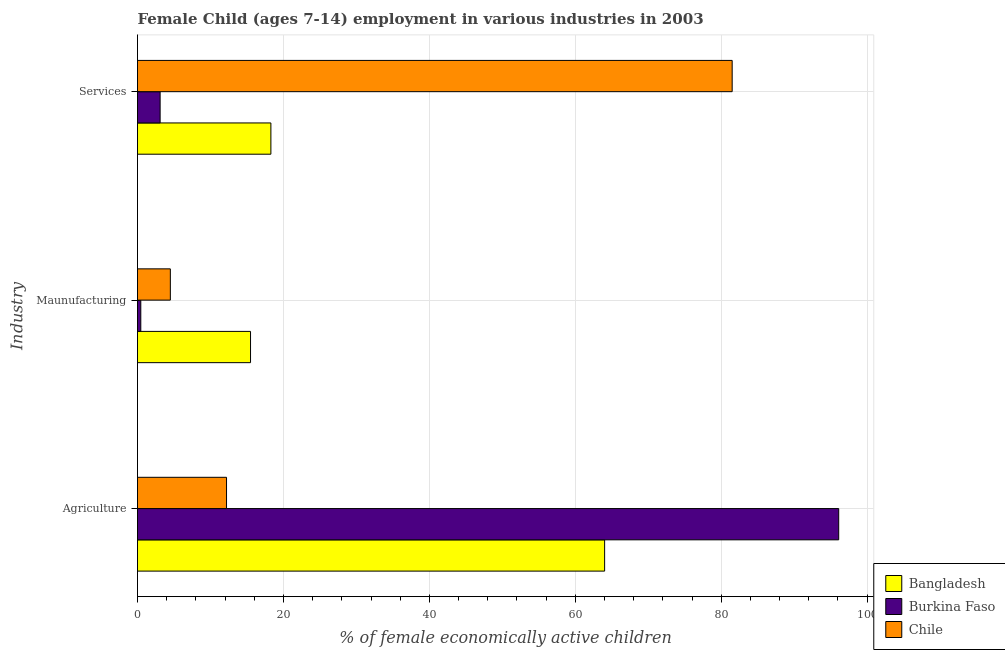
| Industry | Bangladesh | Burkina Faso | Chile |
 | --- | --- | --- | --- |
 | Agriculture | 64 | 96.1 | 12.2 |
 | Maunufacturing | 15.5 | 0.451 | 4.5 |
 | Services | 18.3 | 3.1 | 81.5 |